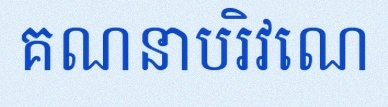
គណនាបរិវេណ